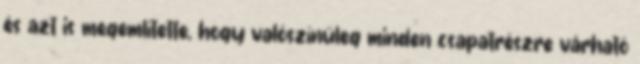
és azt is megemlítette, hogy valószínűleg minden csapatrészre várható